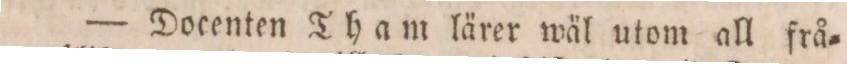
— Docenten Tham lärer wäl utom all frå=